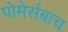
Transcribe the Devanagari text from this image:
पोमेर्सबाच